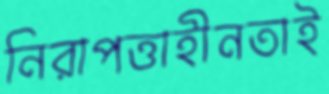
নিরাপত্তাহীনতাই